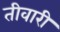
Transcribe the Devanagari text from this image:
तीवारी